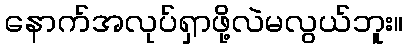
နောက်အလုပ်ရှာဖို့လဲမလွယ်ဘူး။